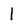
Character: l